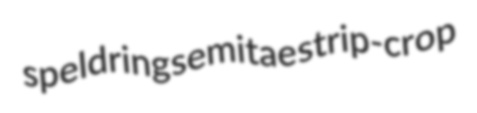
speldring semitae strip-crop